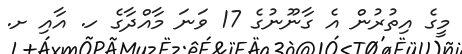
މީގެ އިތުރުން އެ ގާނޫނުގެ 17 ވަނަ މާއްދާގެ ހ. އާއި ށ.